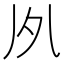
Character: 𠂗